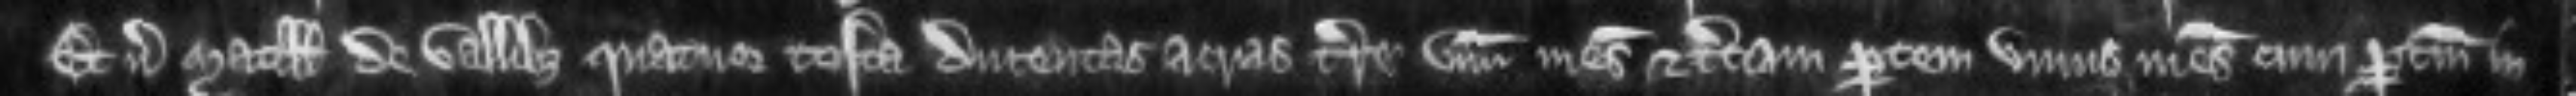
et versus Matillidem de Vallibus quatuor tofta ducentas acras terre unum mesuagium et terciam partem unius mesuagii cum pertinenciis in